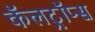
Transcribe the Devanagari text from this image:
कॅलट्रॉप्स